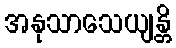
အနုသာသေယျန္တိ